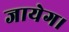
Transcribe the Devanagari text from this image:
जायेग।